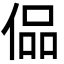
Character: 偘